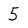
Character: 5